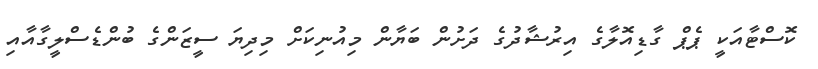
ކޮސްޓާއަކީ ޕެޕް ގާޑިއޮލާގެ އިރުޝާދުގެ ދަށުން ބަޔާން މިއުނިކަށް މިދިޔަ ސީޒަންގެ ބުންޑެސްލީގާއާއި